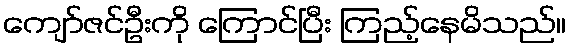
ကျော်ဇင်ဦးကို ကြောင်ပြီး ကြည့်နေမိသည်။